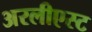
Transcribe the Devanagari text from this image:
अरलीएस्ट